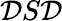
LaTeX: \mathcal{D}S\mathcal{D}